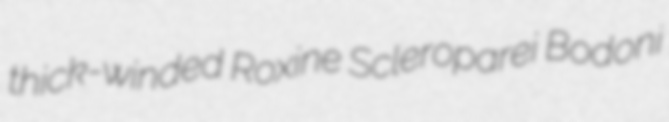
thick-winded Roxine Scleroparei Bodoni